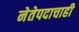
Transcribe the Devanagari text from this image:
नेतेपदाचाही